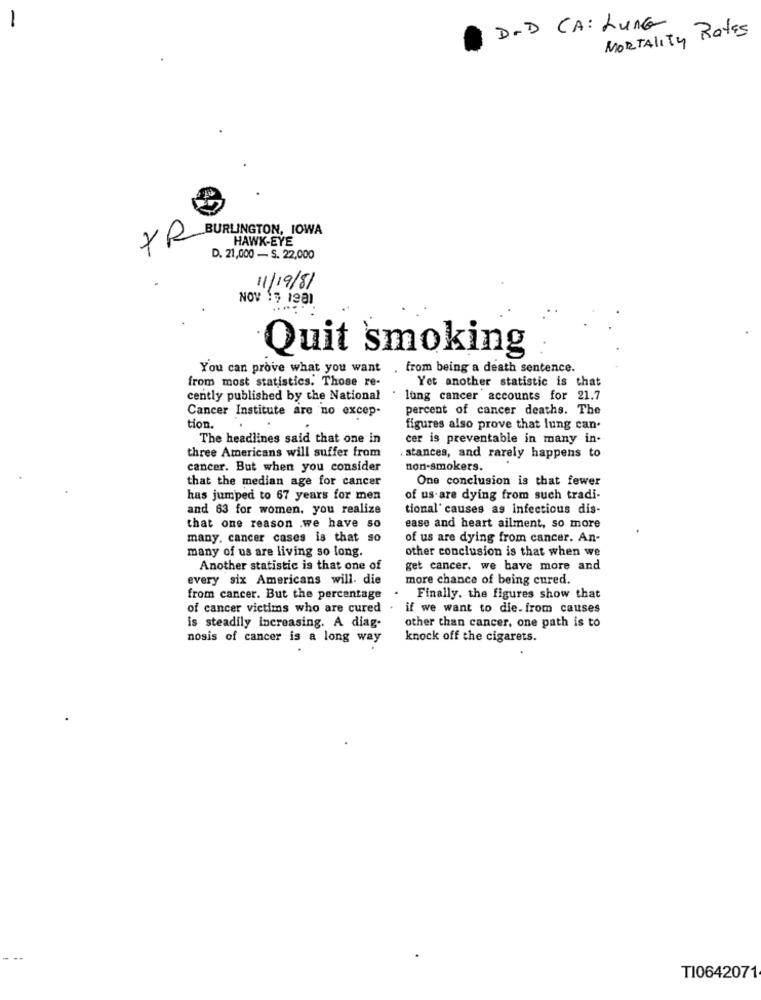
· D.D CA : LUNG
MORTALITY Rates
TR
BURLINGTON, IOWA
HAWK-EYE
D. 21,000 - S. 22,000
11/19/81
NOV 15 1981
Quit smoking
You can prove what you want . from being a death sentence.
from most statistics. Those re-
Yet another statistic is that
cently published by the National
lung cancer accounts for 21.7
Cancer Institute are no excep-
percent of cancer deaths. The
tion.
.
figures also prove that lung can.
The headlines said that one in
cer is preventable in many in-
three Americans will suffer from
stances, and rarely happens to
cancer. But when you consider
non-smokers.
that the median age for cancer
One conclusion is that fewer
has jumped to 67 years for men
of us are dying from such tradi-
and 63 for women, you realize
tional' causes as infectious dis-
that one reason .we have so
ease and heart ailment, so more
many. cancer cases is that so
of us are dying from cancer. An-
many of us are living so long.
other conclusion is that when we
Another statistic is that one of
get cancer. we have more and
every six Americans will. die
more chance of being cured.
from cancer. But the percentage
Finally. the figures show that
of cancer victims who are cured .
if we want to die-from causes
is steadily increasing. A diag-
other than cancer, one path is to
nosis of cancer is a long way
knock off the cigarets.
TI0642071